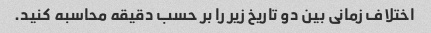
اختلاف زمانی بین دو تاریخ زیر را بر حسب دقیقه محاسبه کنید.